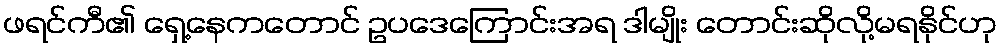
ဖရင်ကီ၏ ရှေ့နေကတောင် ဥပဒေကြောင်းအရ ဒါမျိုး တောင်းဆိုလို့မရနိုင်ဟု